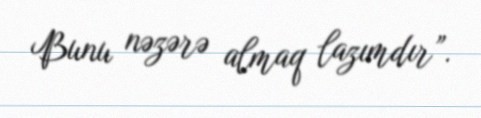
Bunu nəzərə almaq lazımdır”.